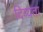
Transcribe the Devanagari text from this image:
दिव्‍यता